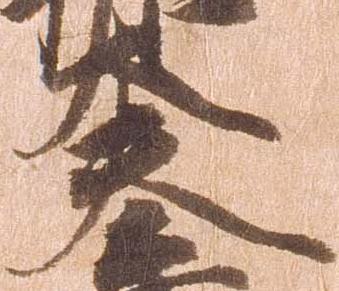
夫